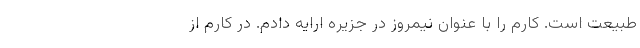
طبیعت است. کارم را با عنوان نیمروز در جزیره ارایه دادم. در کارم از